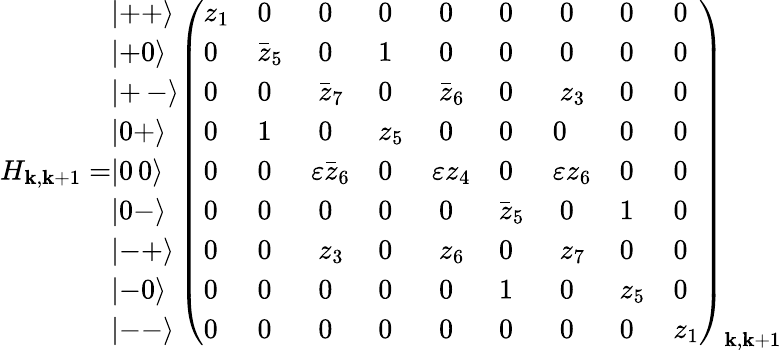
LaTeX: H_{\mathbf{k},\mathbf{k}+1}=\begin{array}{l}{{\left|++\right\rangle}}\\ {{\left|+0\right\rangle}}\\ {{\left|+{\scriptsize\ }-\right\rangle}}\\ {{\left|0+\right\rangle}}\\ {{\left|0{\scriptsize\ }0\right\rangle}}\\ {{\left|0-\right\rangle}}\\ {{\left|-+\right\rangle}}\\ {{\left|-0\right\rangle}}\\ {{\left|--\right\rangle}}\end{array}\left(\begin{array}{lllllllll}{{z_{1}}}&{{0}}&{{\ 0}}&{{0}}&{{\ 0}}&{{0}}&{{\ 0}}&{{0}}&{{0}}\\ {{0}}&{{\stackrel{\_ }{z}_{5}}}&{{\ 0}}&{{1}}&{{\ 0}}&{{0}}&{{\ 0}}&{{0}}&{{0}}\\ {{0}}&{{0}}&{{\ \stackrel{\_ }{z}_{7}}}&{{0}}&{{\ \stackrel{\_ }{z}_{6}}}&{{0}}&{{\ z_{3}}}&{{0}}&{{0}}\\ {{0}}&{{1}}&{{\ 0}}&{{z_{5}}}&{{\ 0}}&{{0}}&{{0}}&{{0}}&{{0}}\\ {{0}}&{{0}}&{{\varepsilon\stackrel{\_ }{z}_{6}}}&{{0}}&{{\varepsilon z_{4}}}&{{0}}&{{\varepsilon z_{6}}}&{{0}}&{{0}}\\ {{0}}&{{0}}&{{\ 0}}&{{0}}&{{\ 0}}&{{\stackrel{\_ }{z}_{5}}}&{{\ 0}}&{{1}}&{{0}}\\ {{0}}&{{0}}&{{\ z_{3}}}&{{0}}&{{\ z_{6}}}&{{0}}&{{\ z_{7}}}&{{0}}&{{0}}\\ {{0}}&{{0}}&{{\ 0}}&{{0}}&{{\ 0}}&{{1}}&{{\ 0}}&{{z_{5}}}&{{0}}\\ {{0}}&{{0}}&{{\ 0}}&{{0}}&{{\ 0}}&{{0}}&{{\ 0}}&{{0}}&{{z_{1}}}\end{array}\right)_{\mathbf{k},\mathbf{k}+1}